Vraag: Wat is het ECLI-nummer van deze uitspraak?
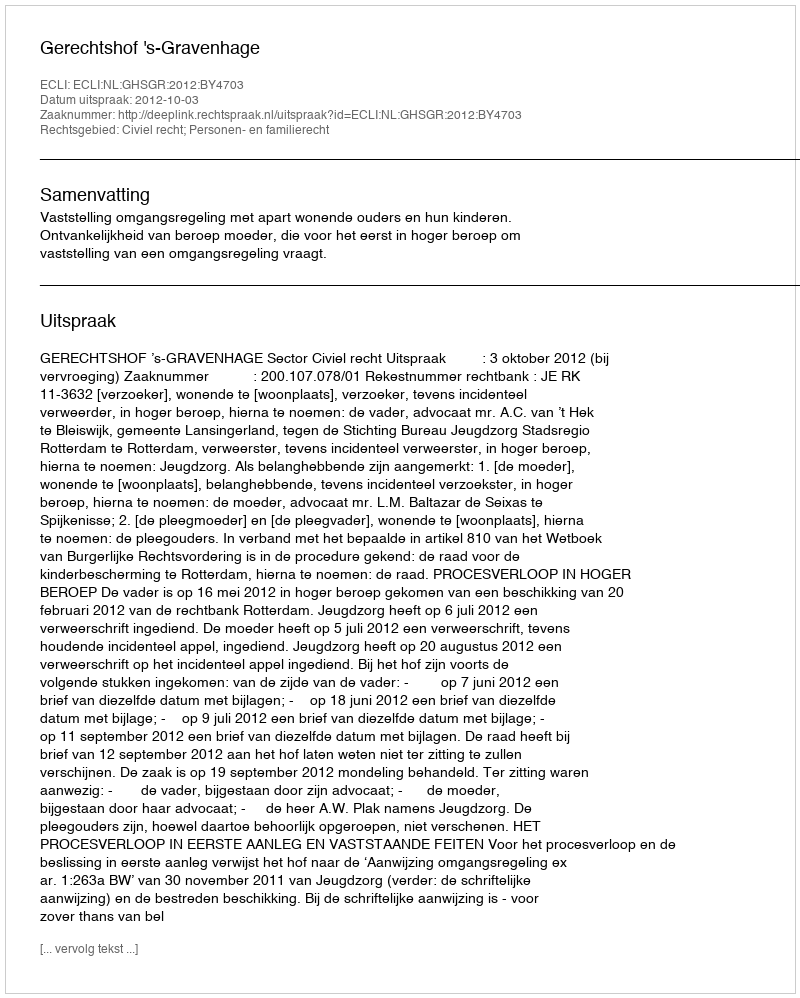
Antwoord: ECLI:NL:GHSGR:2012:BY4703